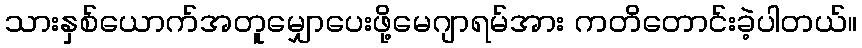
သားနှစ်ယောက်အတူမျှောပေးဖို့မေဂျာရမ်အား ကတိတောင်းခဲ့ပါတယ်။